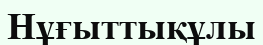
Нұғыттықұлы